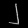
Digit: ၂